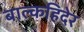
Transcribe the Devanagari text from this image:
बाल्कहिदेर